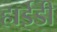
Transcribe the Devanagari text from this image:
हाईडी